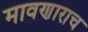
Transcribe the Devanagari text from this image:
मावणाराच